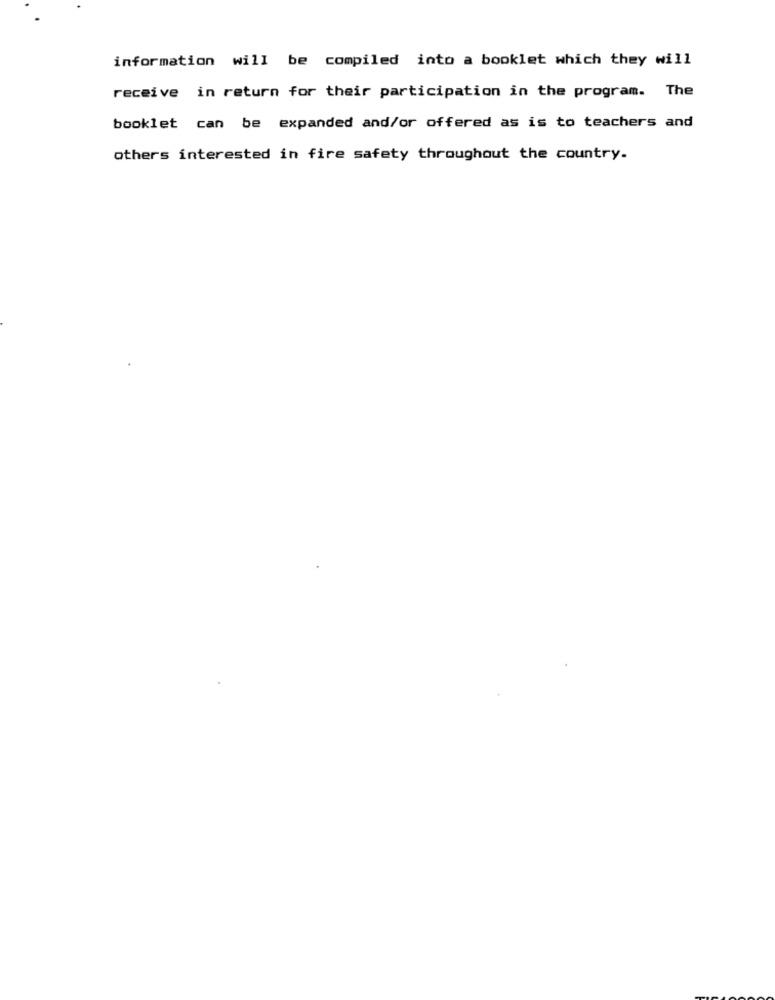
information will be compiled into a booklet which they will
receive in return for their participation in the program. The
booklet can be expanded and/or offered as is to teachers and
others interested in fire safety throughout the country.